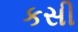
કસી